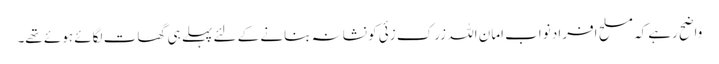
واضح رہے کہ مسلح افراد نواب امان اللہ زرک زئی کو نشانہ بنانے کے لئے پہلے ہی گھات لگائے ہوئے تھے۔